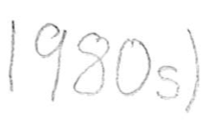
Text: 1980s)
Cross-out: clean
Writing tool: pencil